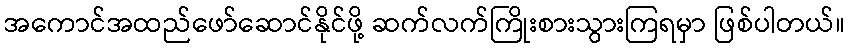
အကောင်အထည်ဖော်ဆောင်နိုင်ဖို့ ဆက်လက်ကြိုးစားသွားကြရမှာ ဖြစ်ပါတယ်။